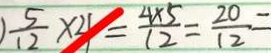
) \frac { 5 } { 1 2 } \times 4 = \frac { 4 \times 5 } { 1 2 } = \frac { 2 0 } { 1 2 } =